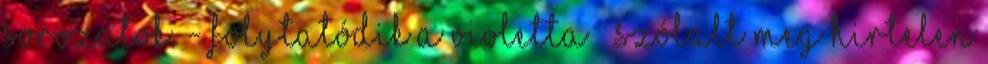
sorozatok. - Folytatódik a Violetta – szólalt meg hirtelen